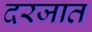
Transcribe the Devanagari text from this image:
दरजात